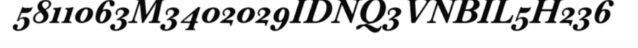
5811063M3402029IDNQ3VNBIL5H236